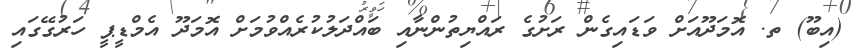
(އިބޫ) ތ. އޮމަދޫއަށް ވަޑައިގެން ރަށުގެ ރައްޔިތުންނާއި ބައްދަލުކުރެއްވުމަށް އޮމަދޫ އެމްޑީޕީ ހަރުގޭގައި